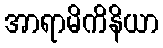
အာရာမိကိနိယာ